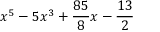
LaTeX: x ^ { 5 } - 5 x ^ { 3 } + { \frac { 8 5 } { 8 } } x - { \frac { 1 3 } { 2 } }